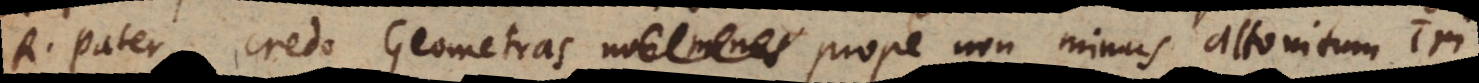
R. Pater, credo Geometras prope non minus attonitum iri,